Newspaper: The Cairo daily bulletin.
Place of publication: Cairo, Ill.
Publisher: John H. Oberly & Co.
Date: 1870-11-28 00:00:00
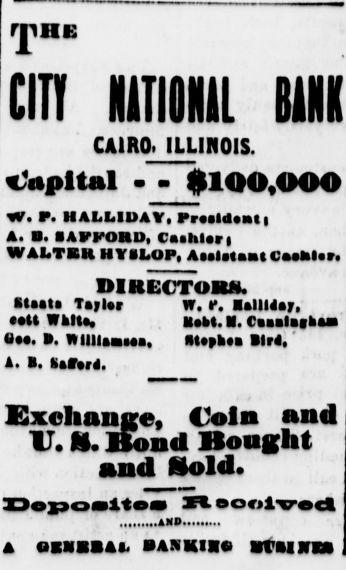
Advertisement text (OCR):
T IHE CITT NATIONAL BANK CAIRO. ILLINOIS. Capital - - 100,000 W. P. IIALI.IDAV. Prldnt A. B. SAPPORO, Caihlari WAITER HYSLOP, Altast Catklsr. DIRECTORS. Ststts Taylor W. f. RallUay, ctt Whit, Q. B. WlllUaisaa, A. B. Iirr-. Mbt.H.Caalakaa Htsiksa Blr. Exclianire. Coin and U.K. Bond Bought and Sold. X3ejpoltsBa 3 AND.. . oool-vsct A OKNBBAI, SANKIXG Mf RIWE8)
Label: text-only